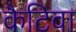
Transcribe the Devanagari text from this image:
कैटिवा